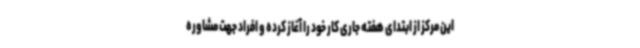
این مرکز از ابتدای هفته جاری کار خود را آغاز کرده و افراد جهت مشاوره